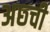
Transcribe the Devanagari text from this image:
अछ्ची